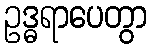
ဥဒ္ဓရာပေတွာ